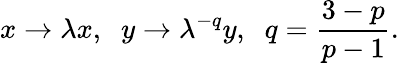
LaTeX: x\to\lambda x,\; \; y\to\lambda^{-q}y,\; \; q=\frac{3-p}{p-1}.